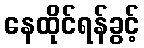
နေထိုင်ရန်ခွင့်